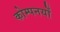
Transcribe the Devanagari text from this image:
कोम्पनयों